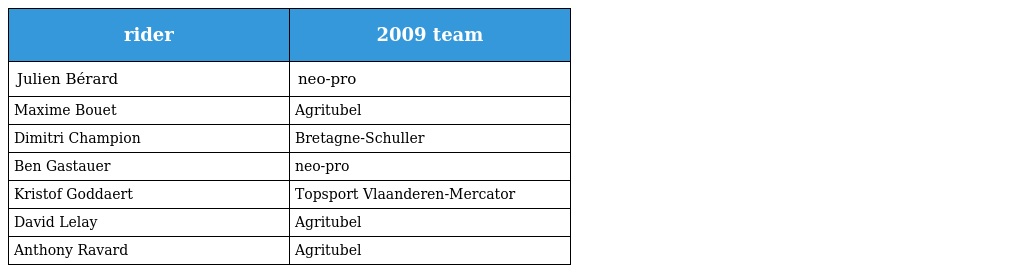
| rider | 2009 team |
 | --- | --- |
 | Julien Bérard | neo-pro |
 | Maxime Bouet | Agritubel |
 | Dimitri Champion | Bretagne-Schuller |
 | Ben Gastauer | neo-pro |
 | Kristof Goddaert | Topsport Vlaanderen-Mercator |
 | David Lelay | Agritubel |
 | Anthony Ravard | Agritubel |